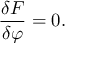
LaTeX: \frac { \delta F } { \delta \varphi } = 0 .